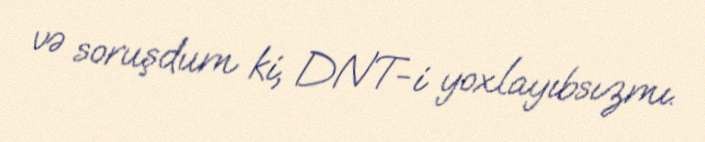
və soruşdum ki, DNT-i yoxlayıbsızmı.